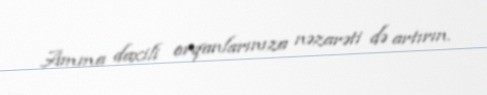
Amma daxili orqanlarınıza nəzarəti də artırın.